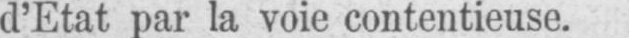
d’Etat par la voie contentieuse.